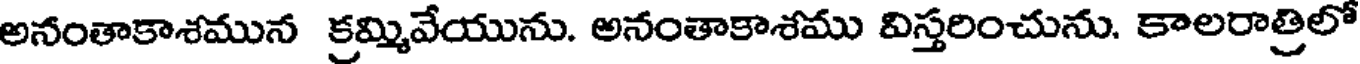
అనంతాకాశమున క్రమ్మివేయును. అనంతాకాశము విస్తరించును. కాలరాత్రిలో